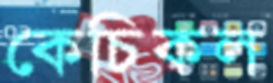
কেচিকল